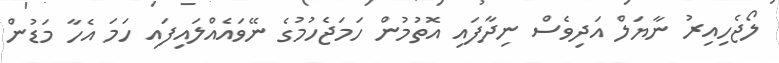
ލޯޖެހިއިރު ނާޔަލް އަދިވެސް ނިދާފައި އޮތުމުން ހަމަޖެހުމުގެ ނޭވައެއްލައިފައި ހަމަ އެހާ މަޑުން